Problem: 5 × 9 = ?
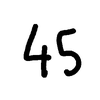
Handwritten answer: 45